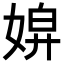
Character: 𡞌